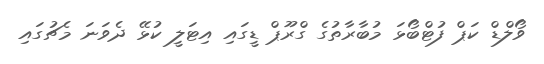
ވޯލްޑް ކަޕް ފުޓްބޯޅަ މުބާރާތުގެ ގްރޫޕް ޑީގައި އިޓަލީ ކުޅޭ ދެވަނަ މެޗުގައި